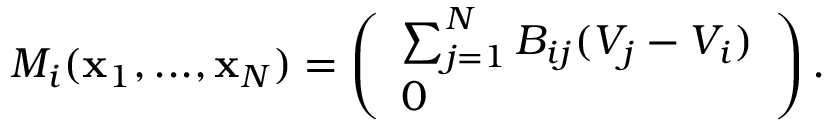
M _ { i } ( { \bf x } _ { 1 } , . . . , { \bf x } _ { N } ) = \left( \begin{array} { l } { \sum _ { j = 1 } ^ { N } B _ { i j } ( V _ { j } - V _ { i } ) } \\ { 0 } \end{array} \right) .